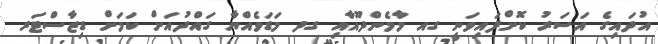
އުދައިގެ އަސަރު ކޮށްފައިވަނީ ގއ މާމެންދޫއާއި ގދ މަޑަވެއްޔާ ގައްދުއަށް ކަމަށްް ޑިޒާސްޓަރ